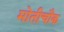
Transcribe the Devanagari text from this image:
मोतीचौक